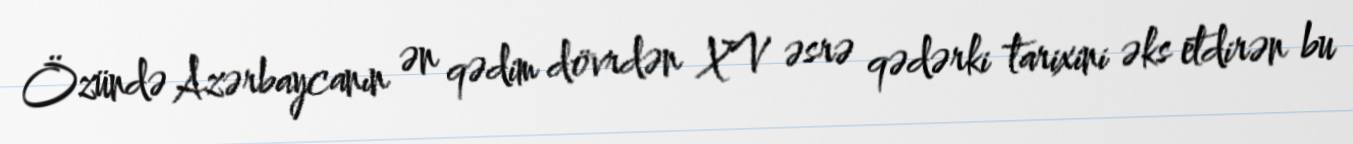
Özündə Azərbaycanın ən qədim dövrdən XV əsrə qədərki tarixini əks etdirən bu